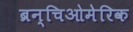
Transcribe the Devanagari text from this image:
ब्रन्चिओमेरिक